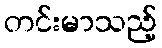
တင်းမာသည့်